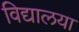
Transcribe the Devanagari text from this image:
विद्यालया